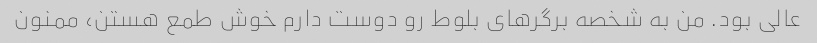
عالی بود. من به شخصه برگر‌های بلوط رو دوست دارم خوش طمع هستن، ممنون